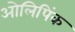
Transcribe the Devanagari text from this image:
ओलिपिंक